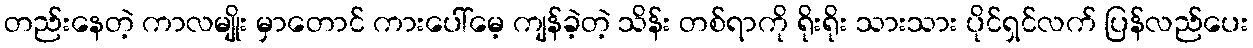
တည်းနေတဲ့ ကာလမျိုး မှာတောင် ကားပေါ်မေ့ ကျန်ခဲ့တဲ့ သိန်း တစ်ရာကို ရိုးရိုး သားသား ပိုင်ရှင်လက် ပြန်လည်ပေး